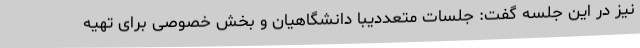
نیز در این جلسه گفت: جلسات متعددیبا دانشگاهیان و بخش خصوصی برای تهیه